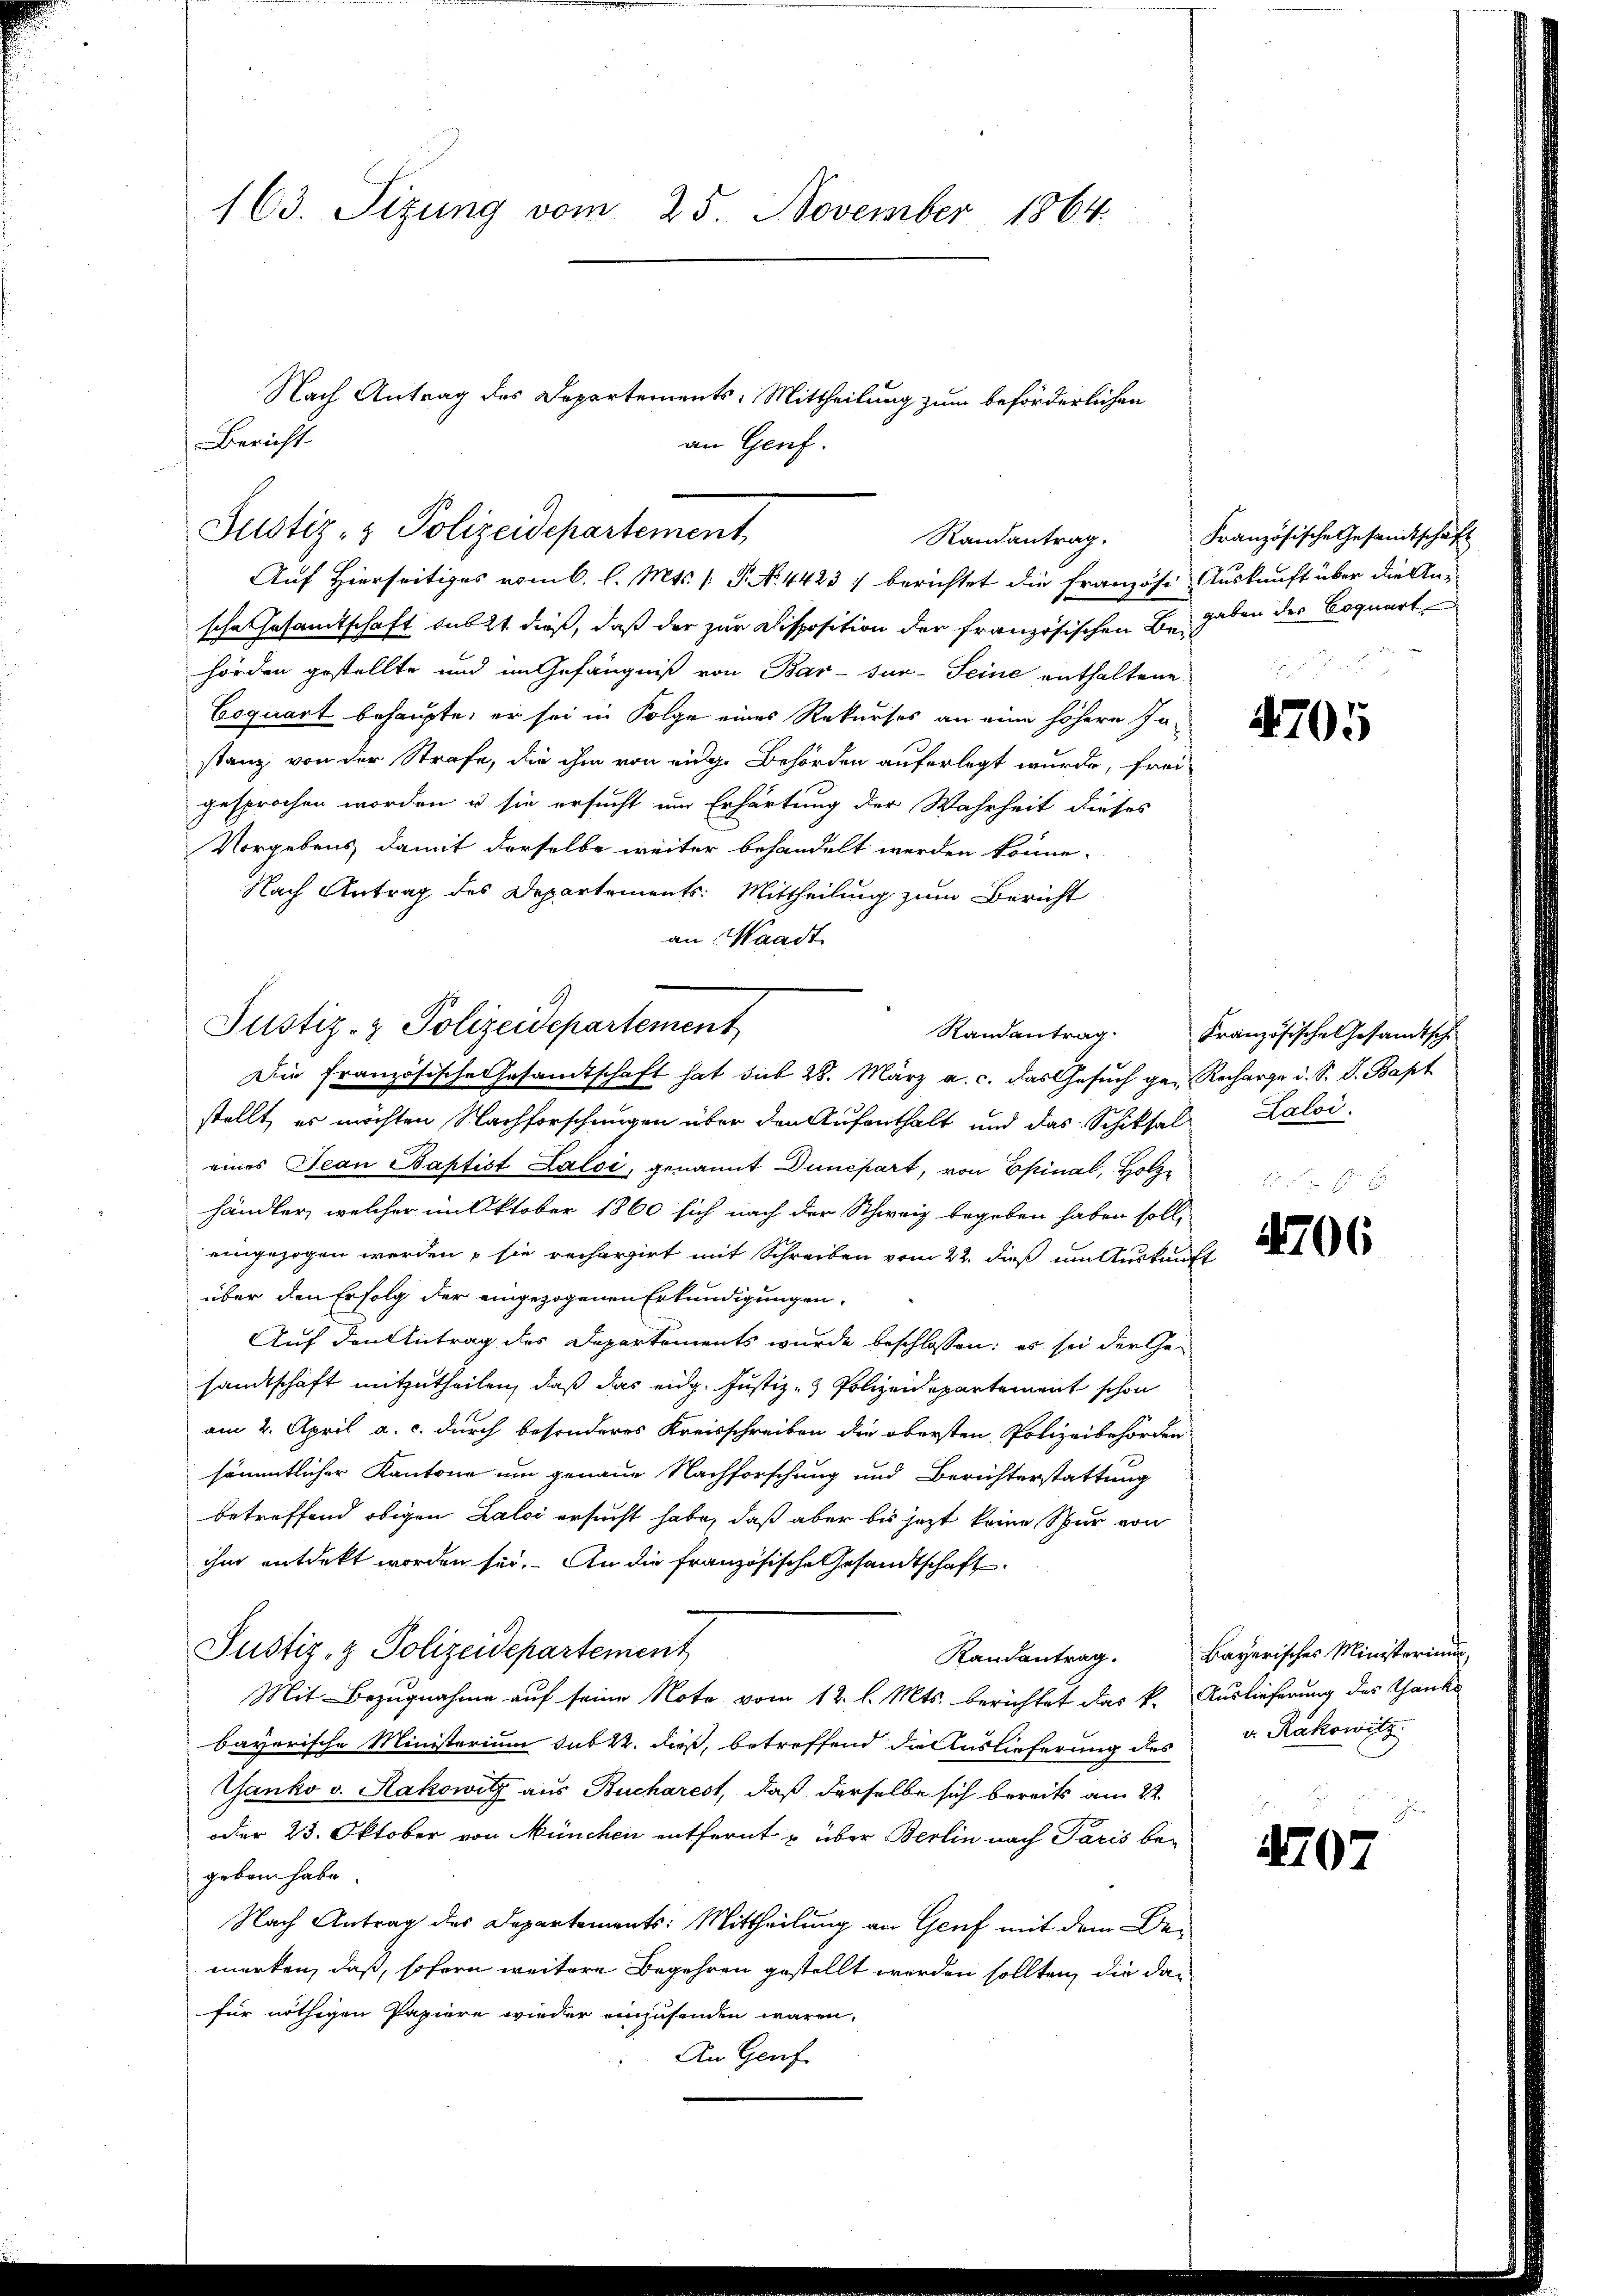
163. Sizung vom 25. November 1864.

Auf Hierseitiges vom 6. l. Mts. (T. No. 4423) berichtet die Französi- Auskunft über die Ansche Gesamtschaft subst dieß, daß der zur Disposition der französischen Begaben des Coquart
hörden gestellte und im Gefängniß von Bar-Jur-Seine enthaltene
Coquart behaupte, er sei in Folge eines Rekurses an eine höhere In-
stanz von der Strafe, die ihm von eidg. Behörden auferlegt wurde, frei-
gesprochen worden u. sie ersucht um Erhärtung der Wahrheit dieses
Vorgebens damit derselbe weiter behandelt werden könne.
Nach Antrag des Departements: Mittheilung zum Bericht
an Waadt
Die französische Gesandtschaft hat sub 28. März a. c. das Gesŭch ge- Recharge d. S. d. Bapt
stellt, es möchten Nachforschungen über den Aufenthalt und das Schiksal-Laloi
eines Jean Baptist Laloi, genannt Dunepart, von Epinal, Holzhändler, welcher im Oktober 1860 sich nach der Schweiz begeben haben soll,
eingezogen werden, sie recherzirt mit Schreiben vom 22. dieß im Auskunft
über den Erfolg der eingezogenen Erkundigungen,
Auf den Antrag des Departements wurde beschlossen: es sei der Gesandtschaft mitzutheilen, daß das eidg. Justiz- & Polizeidepartement schon
am 2. April a. c. durch besonderes Kreisschreiben die obersten Polizeibehörden
sämmtlicher Kantone um genaue Nachforschung und Berichterstattung
betreffend obigen Zalci ersucht habe, daß aber bis jezt keine Spur von
ihm entdekt worden sei. An die französische Gesandtschaft
Justiz- & Polizeidepartement
Mit Bezugnahme auf seine Note vom 12. l. Mts. berichtet das k. Auslieferung des Ganke
bayerische Ministerium sub 22. dieß, betreffend die Auslieferung des
Tanko v. Rakowitz aus Bucharest, daß derselbe sich bereits am 22.
oder 23. Oktober von München entfernt u über Berlin nach Paris begeben habe.
Nach Antrag des Departements: Mittheilung an Genf mit dem Bemerken, daß, sofern weitere Begehren gestellt werden sollten, die dafür nöthigen Papiere wieder einzusenden wären.
An Genf

Nach Antrag des Departements-Mittheilung zum beförderlichen
Bericht
an Genf.
Justiz- & Polizeidepartement

Justiz- & Polizeidepartement

Randantrag Französische Gesandtschäft

Randantrag. Französische Gesandtsch

4705

4706

Randantrag. Bayerisches Ministerium
v. Rakowitz.

407